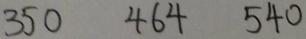
3 5 0 4 6 4 5 4 0